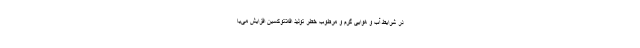
در شرایط آب و هوایی گرم و مرطوب خطر تولید افلاتوکسین افزایش می‌یا